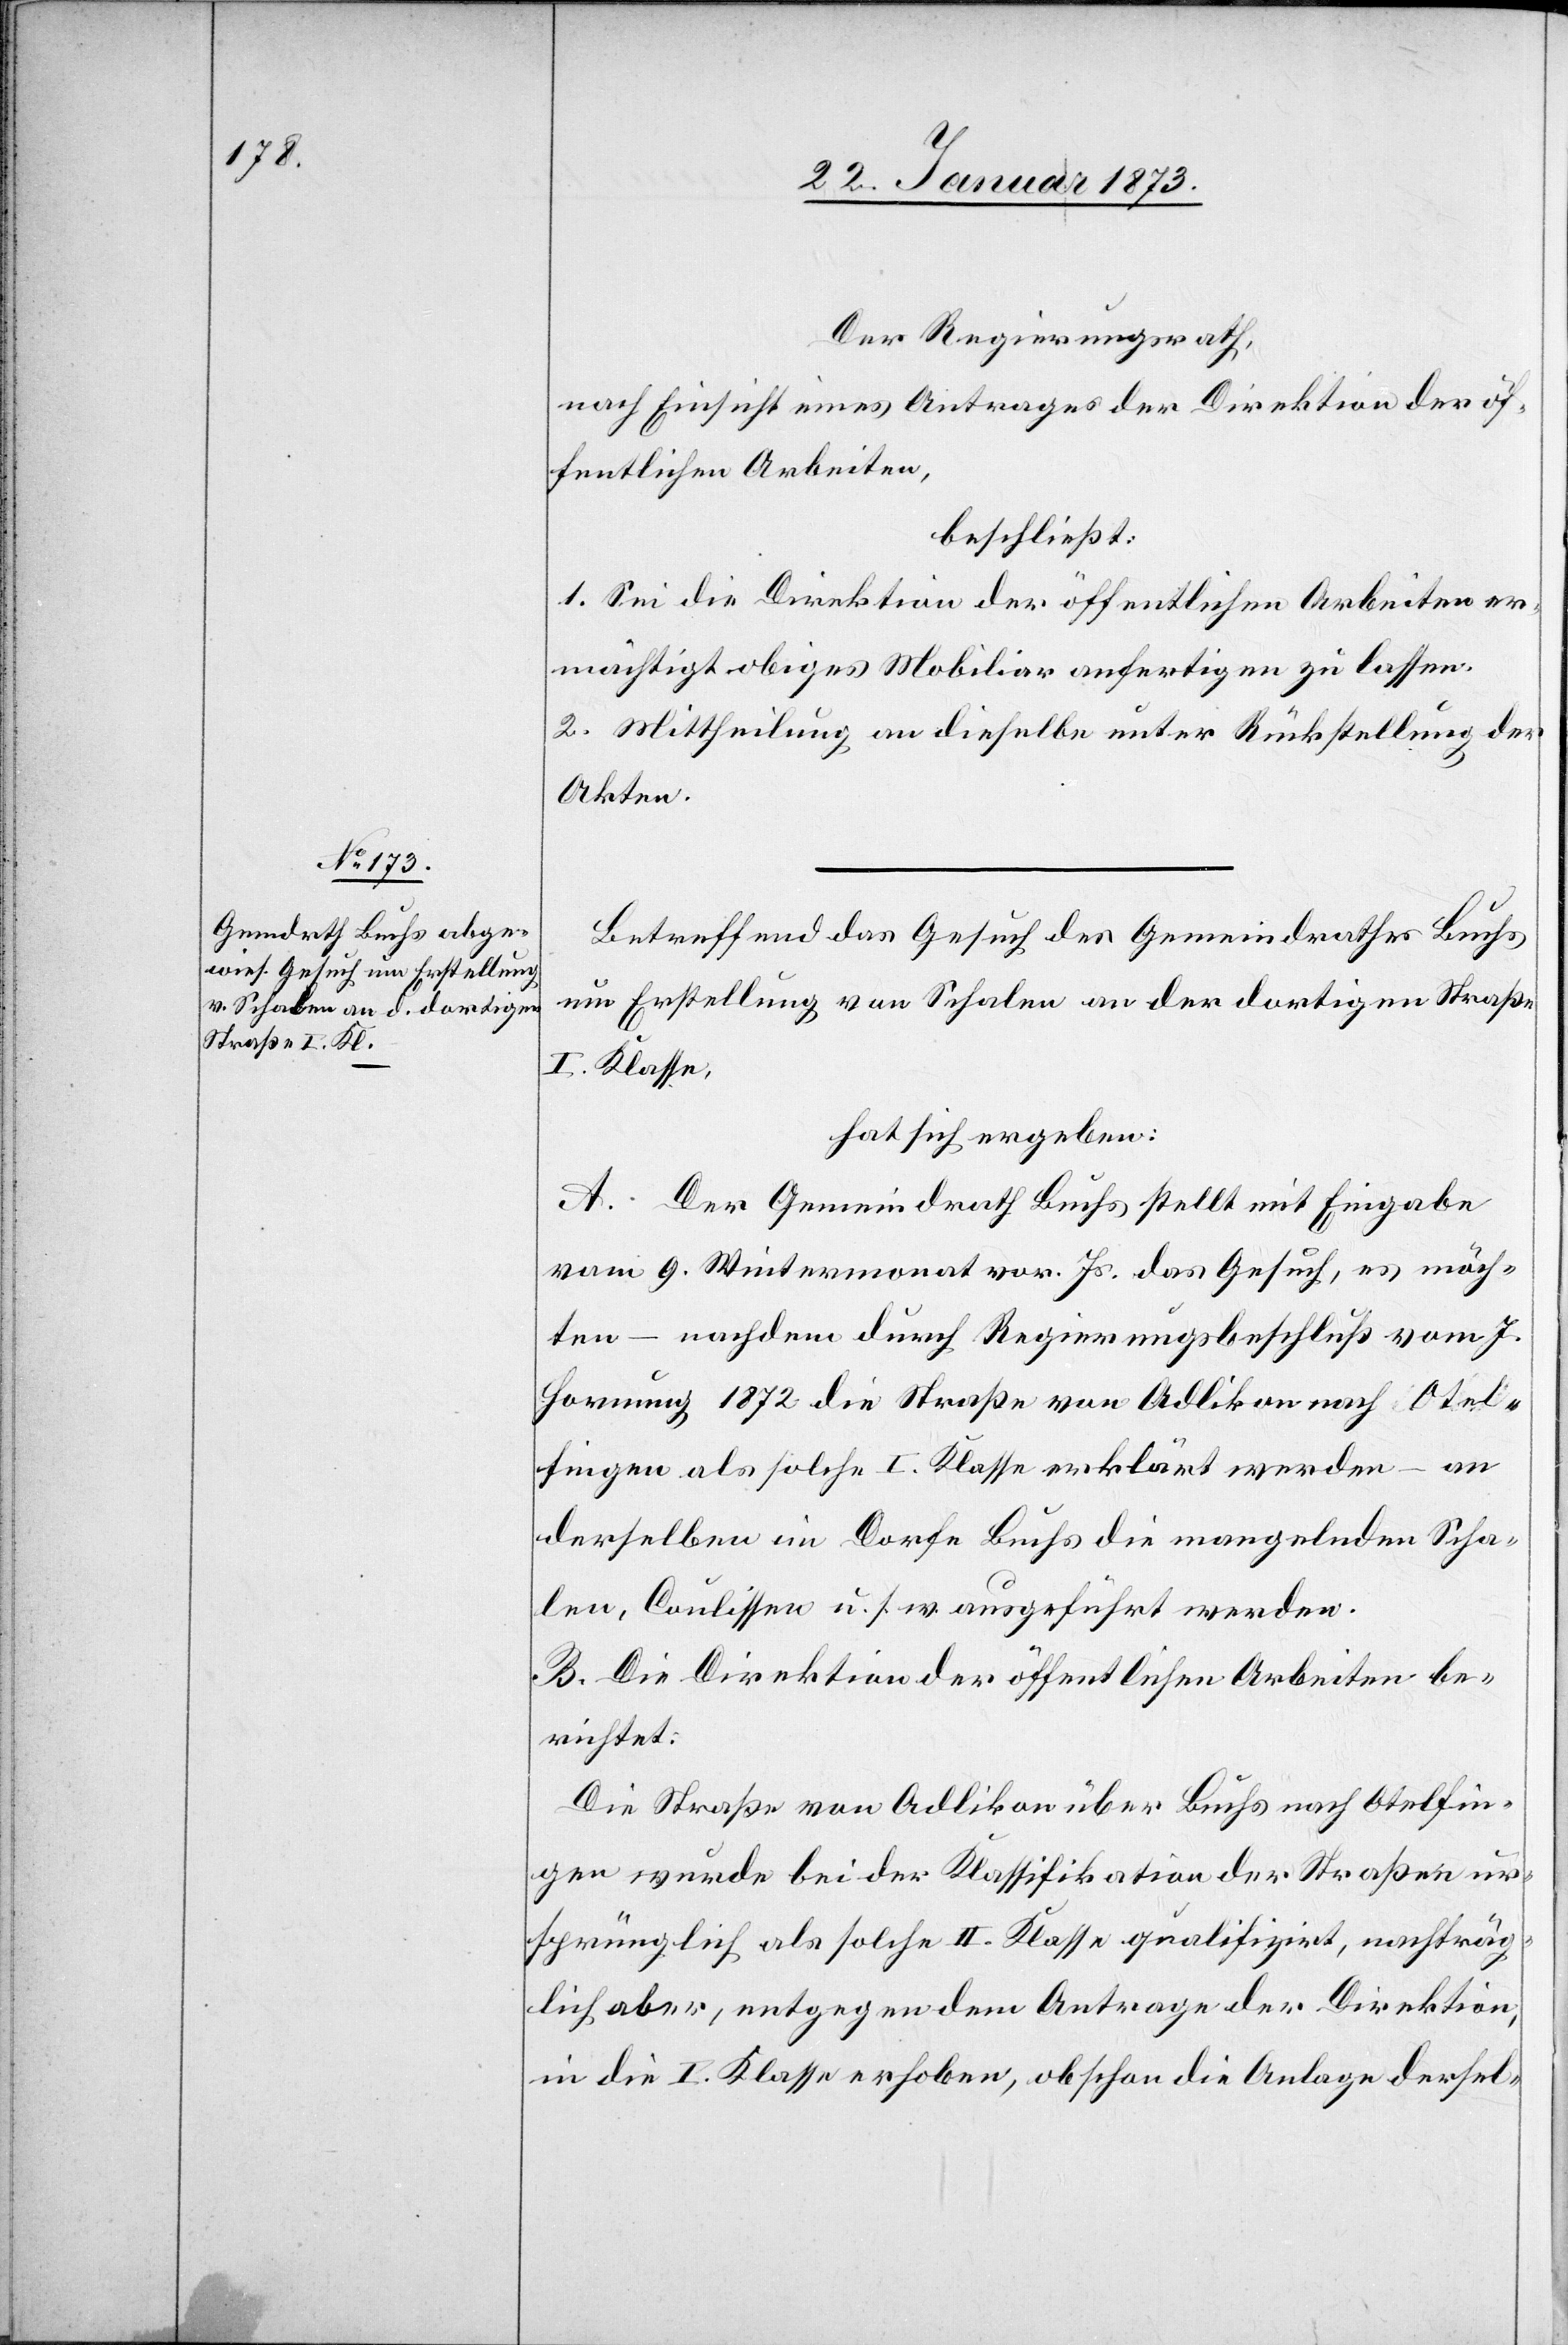
Der Regierungsrath,
nach Einsicht eines Antrages der Direktion der öf¬
fentlichen Arbeiten,
beschließt:
1. Sei die Direktion der öffentlichen Arbeiten er¬
mächtigt obiges Mobiliar anfertigen zu lassen.
2. Mittheilung an dieselbe unter Rückstellung der
Akten.
Betreffend das Gesuch des Gemeindrathes Buchs
um Erstellung von Schalen an der dortigen Straße
I. Klasse,
hat sich ergeben:
A. Der Gemeindrath Buchs stellt mit Eingabe
vom 9. Wintermonat vor. Js. das Gesuch, es möch¬
ten – nachdem durch Regierungsbeschluß vom 1.
Hornung 1872 die Straße von Adlikon nach Otel¬
fingen als solche I. Klasse erklärt werden – an
derselben im Dorfe Buchs die mangelnden Scha¬
len, Coulissen u. s. w. ausgeführt werden.
B. Die Direktion der öffentlichen Arbeiten be¬
richtet:
Die Straße von Adlikon über Buchs nach Otelfin¬
gen wurde bei der Klassifikation der Straßen ur¬
sprünglich als solche II. Klasse qualifizirt, nachträg¬
lich aber, entgegen dem Antrage der Direktion,
in die I. Klasse erhoben, obschon die Anlage dersel-